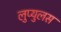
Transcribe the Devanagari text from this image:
लुप्युलस